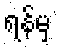
ရန်မှ